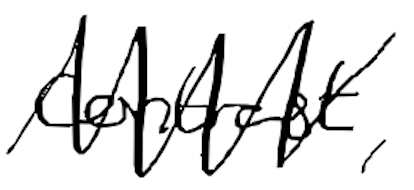
Text: contrast,
Cross-out: zig-zag
Writing tool: digital_black